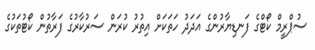
ސުޕްރީމް ކޯޓްގެ ފަނޑިޔާރުންގެ އަދަދު ހަތަކަށް އިތުރު ކުރަން ސަރުކާރުގެ ފަރާތުން ކޯޓުތަކުގެ